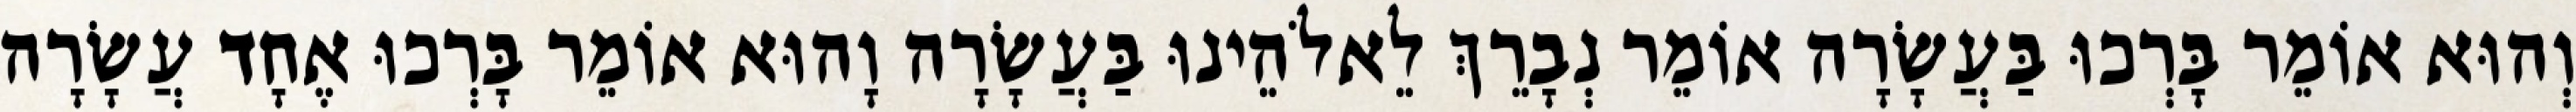
וְהוּא אוֹמֵר בָּרְכוּ בַּעֲשָׂרָה אוֹמֵר נְבָרֵךְ לֵאלֹהֵינוּ בַּעֲשָׂרָה וָהוּא אוֹמֵר בָּרְכוּ אֶחָד עֲשָׂרָה